Vaccine operations Central Provinces 1886-1899 - 1886-1899
Year: 1886
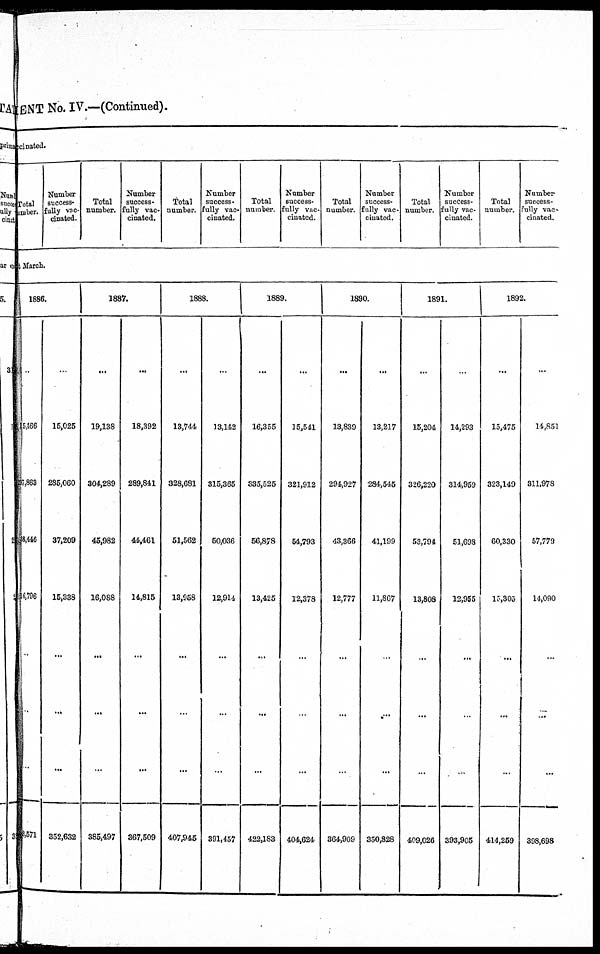
MENT No. IV.—(Continued).
ccinated.
Total
umber.
Number
success¬
fully vac-
cinated.
Total
number.
Number
success-
fully vac-
cinated.
Total
number.
Number
success-
fully vac-
cinated.
Total
number.
Number
success-
fully vac-
cinated.
Total
number.
Number
success-
fully vac-
cinated.
Total
number.
Number
success-
fully vac-
cinated.
Total
number.
Number
success-
fully vac-
cinated.
t March.
1886.
...
15,466
297,863
38,446
16,796
...
...
...
8,571
...
15,025
285,060
37,209
15,338
...
...
...
352,632
1887.
...
19,138
304,289
45,982
16,088
...
...
...
385,497
...
18,392
289,841
44,461
14,815
...
...
...
367,509
1888.
...
13,744
328,681
51,562
13,958
...
...
...
407,945
...
13,142
315,365
50,036
12,914
...
...
...
391,457
1889.
...
16,355
335,525
56,878
13,425
...
...
...
422,183
...
15,541
321,912
54,793
12,378
...
...
...
404,624
1890.
...
13,839
294,927
43,366
12,777
...
...
...
364,909
...
13,217
284,545
41,199
11,867
...
...
...
350,828
1891.
...
15,204
326,220
53,794
13,808
...
...
...
409,026
...
14,293
314,959
51,698
12,955
...
...
...
393,905
1892.
...
15,475
323,149
60,330
15,303
...
...
...
414,259
...
14,851
311,978
57,779
14,090
...
...
...
398,698